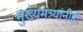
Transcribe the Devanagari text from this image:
मुख्यमंत्र्यांनीही